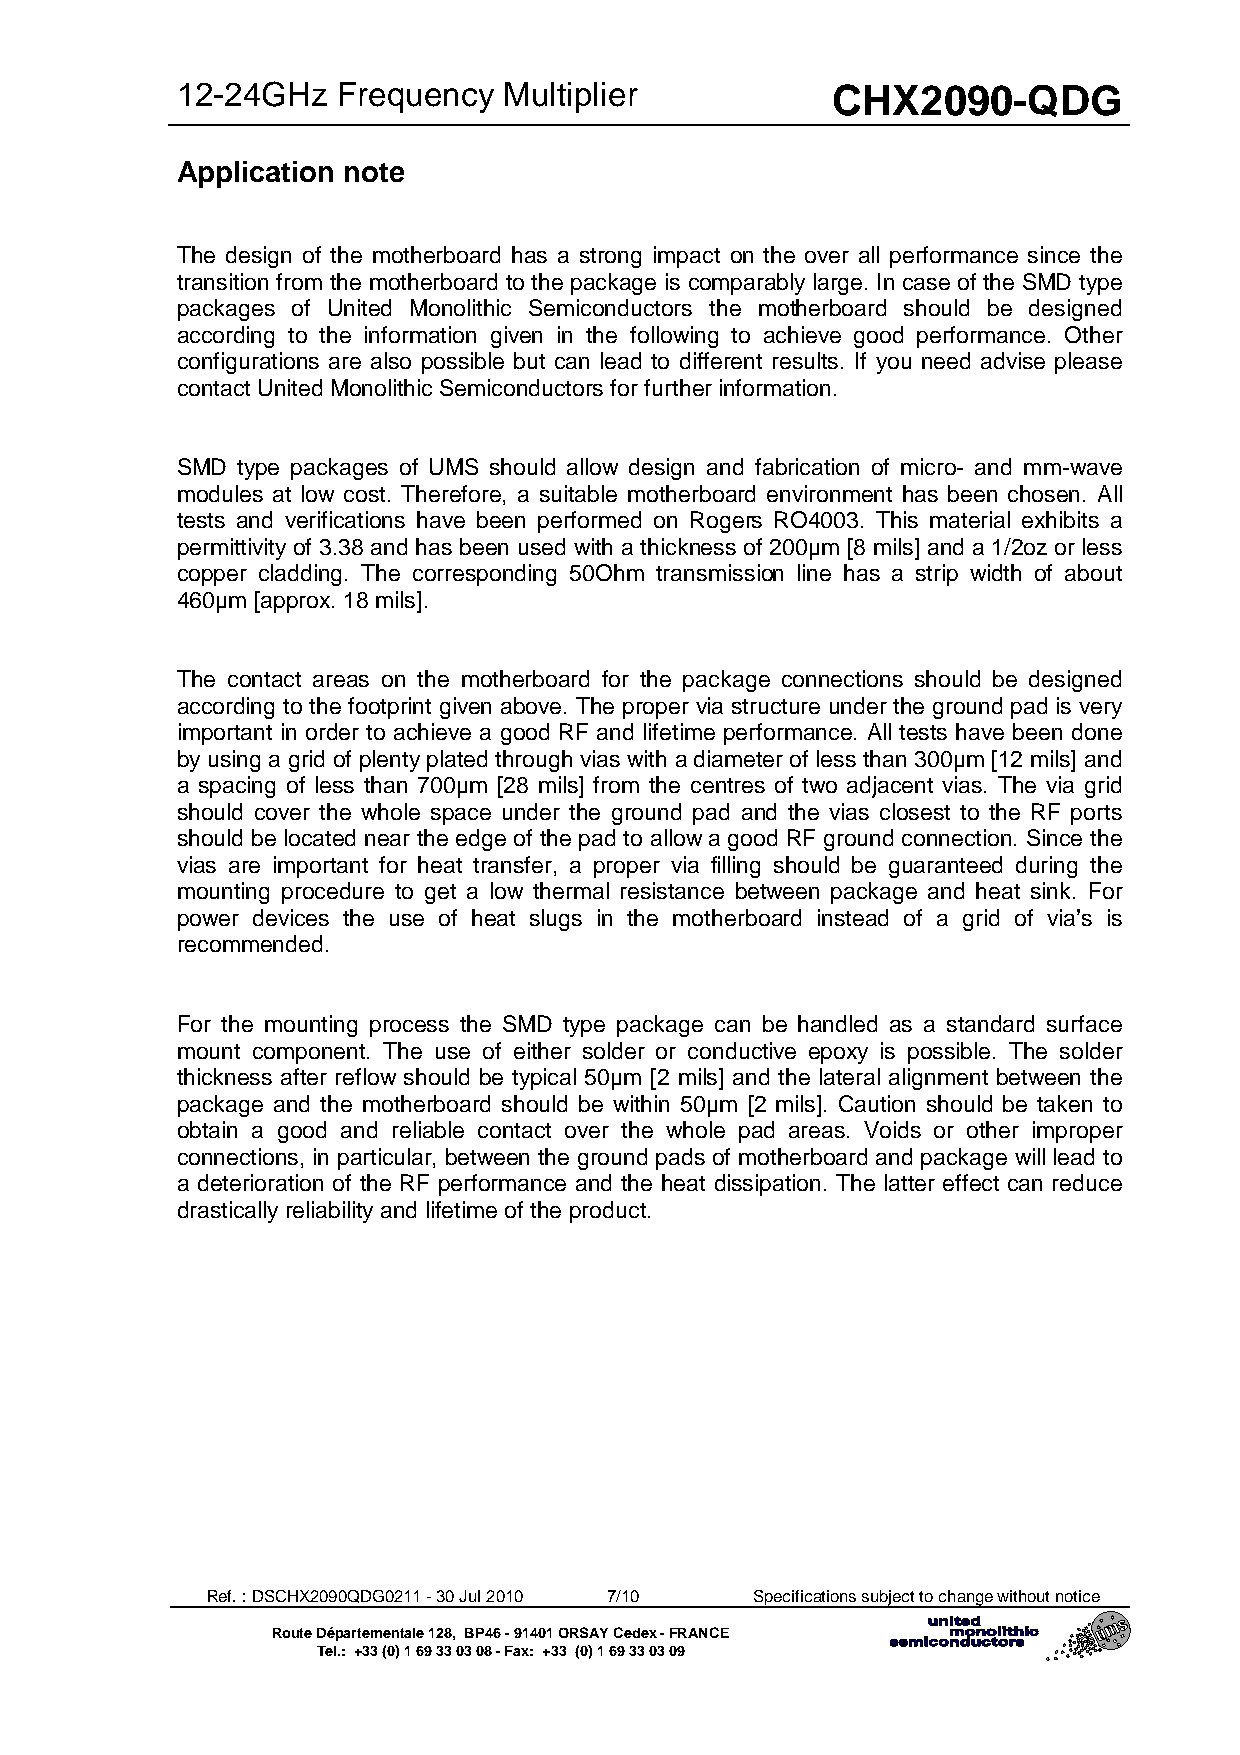
12-24GHz  Frequency  Multiplier            CHX2090-QDG
 Application note
 The design of the motherboard has a strong impact on the over all performance since the
 transition from the motherboard to the package is comparably large. In case of the SMD type
 packages of United Monolithic Semiconductors the motherboard should be designed
 according to the information given in the following to achieve good performance. Other
 configurations are also possible but can lead to different results. If you need advise please
 contact United Monolithic Semiconductors for further information.
 SMD type packages of UMS should allow design and fabrication of micro- and mm-wave
 modules at low cost. Therefore, a suitable motherboard environment has been chosen. All
 tests and verifications have been performed on Rogers RO4003. This material exhibits a
 permittivity of 3.38 and has been used with a thickness of 200µm [8 mils] and a 1/2oz or less
 copper cladding. The corresponding 50Ohm transmission line has a strip width of about
 460µm [approx. 18 mils].
 The contact areas on the motherboard for the package connections should be designed
 according to the footprint given above. The proper via structure under the ground pad is very
 important in order to achieve a good RF and lifetime performance. All tests have been done
 by using a grid of plenty plated through vias with a diameter of less than 300µm [12 mils] and
 a spacing of less than 700µm [28 mils] from the centres of two adjacent vias. The via grid
 should cover the whole space under the ground pad and the vias closest to the RF ports
 should be located near the edge of the pad to allow a good RF ground connection. Since the
 vias are important for heat transfer, a proper via filling should be guaranteed during the
 mounting procedure to get a low thermal resistance between package and heat sink. For
 power devices the use of heat slugs in the motherboard instead of a grid of via’s is
 recommended.
 For the mounting process the SMD type package can be handled as a standard surface
 mount component. The use of either solder or conductive epoxy is possible. The solder
 thickness after reflow should be typical 50µm [2 mils] and the lateral alignment between the
 package and the motherboard should be within 50µm [2 mils]. Caution should be taken to
 obtain a good and reliable contact over the whole pad areas. Voids or other improper
 connections, in particular, between the ground pads of motherboard and package will lead to
 a deterioration of the RF performance and the heat dissipation. The latter effect can reduce
 drastically reliability and lifetime of the product.
 Ref. : DSCHX2090QDG0211 - 30 Jul 2010 7/10 Specifications subject to change without notice
 Route Départementale 128, BP46 - 91401 ORSAY Cedex - FRANCE
 Tel.: +33 (0) 1 69 33 03 08 - Fax: +33 (0) 1 69 33 03 09